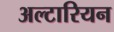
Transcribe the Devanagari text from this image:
अल्टारियन